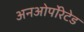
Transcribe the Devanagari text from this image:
अनओर्पोरेटेड